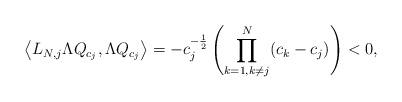
LaTeX: \begin{align*} \left\langle L_{N,j}\Lambda Q_{c_j}, \Lambda Q_{c_j}\right\rangle= -c_j^{-\frac12} \left(\prod_{k=1,k\neq j}^N(c_k-c_j)\right)<0,\end{align*}